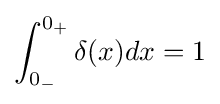
\int _{0_{-}}^{0_{+}}\delta (x)dx=1